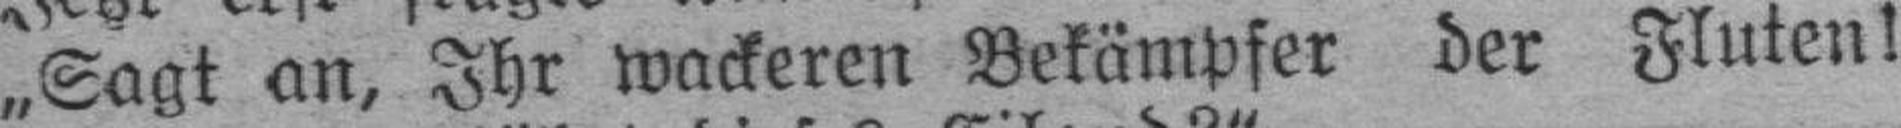
„Sagt an, Ihr wackeren Bekämpfer der Fluten!